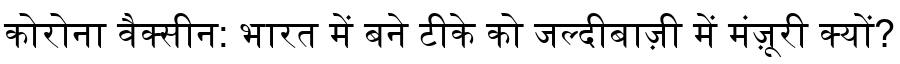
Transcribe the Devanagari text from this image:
कोरोना वैक्सीन: भारत में बने टीके को जल्दीबाज़ी में मंज़ूरी क्यों?